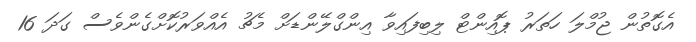
އެގޮތުން ޖުމްލަ ހަތަރު ޕޮއިންޓް ލިބިފައިވާ އިންގްލޭންޑަށް މެޗު އެއްވަރުކޮށްގެންވެސް ގަދަ 16